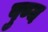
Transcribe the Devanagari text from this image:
पु्ण्य